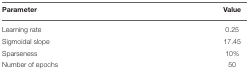
| Parameter | Value |
 | --- | --- |
 | Learning rate | 0.25 |
 | Sigmoidal slope | 17.45 |
 | Sparseness | 10% |
 | Number of epochs | 50 |